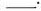
___。